Plague in India, 1896, 1897 - Volume 1
Year: 1896
Disease focus: Plague
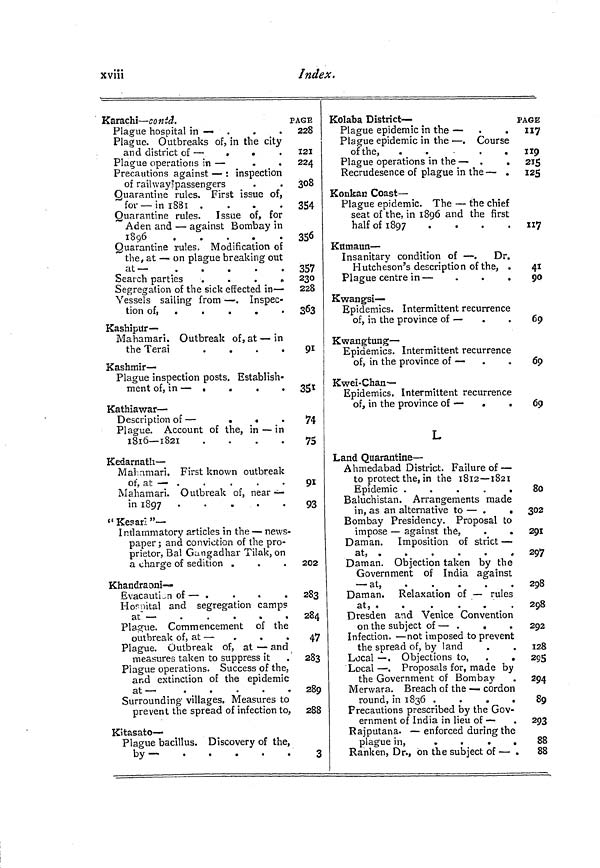
xviii
Index.
Karachi— con td.
Plague hospital in —
Plague. Outbreaks of, in the city
and district of —
»
.
Plague operations in —
Precautions against — : inspection
of railway'passengers
Quarantine rules. First issue of,
for — in 1881 .
.
.
.
Quarantine rules. Issue of, for
Aden and — against Bombay in
1896
.
.
.
Quarantine rules. Modification of
the, at — on plague breaking out
at—
Search parties
.
.
.
.
Segregation of the sick effected in -
Vessels sailing from — . Inspec
tion of, .
.
.
.
.
Kashipur—
Mahamari. Outbreak of , at — in
theTerai
.
.
.
.
Kashmir-
Plague inspection posts. Establish-
ment of, in — t
.
.
.
Kathiawar —
Description of —
.
.
Plague. Account of the, in — in
1816—1821
.
.
.
.
Kedarnath —
Mahamari. First known outbreak
of, at — .
Mahamari, Outbreak of, near —
in 1897
"Kessari "—
Inflammatory articles in the — news-
paper ; and conviction of the pro-
prietor, Bal Gangadhar Tilak 3 on
a charge of sedition .
Khandraoni—
EvacautLn of — .
H ospital and segregation camps
at —
Plague. Commencement of the
outbreak of, at —
Plague. Outbreak of, at — and
measures taken to suppress it
Plague operations. Success of the,
and extinction of the epidemic
at—
.
Surrounding villages. Measures to
prevent the spread of infection to,
Kitasato—
Plague bacillus. Discovery of the,
by-
PAGE
228
121
224
308
354
356
357
230
228
3633
91
35ï
74
75
91
93
202
283
284
47
283
289
288
3
Kolaba District —
Plague epidemic in the — .
.
Plague epidemic in the — . Course
of the,
.
.
Plague operations in the — .
.
Recrudesence of plague in the — .
Konkan Coast —
Plague epidemic. The — the chief
seat of the, in 1896 and the first
half of 1897
.
.
.
.
Kumaun —
Insanitary condition of — . Dr.
Hutcheson's description of the, .
Plague centre in —
.
.
.
Kwangsi—
Epidemics. Intermittent recurrence
of, in the province of —
Kwangtung —
Epidemics. Intermittent recurrence
of, in the province of —
Kwei-Chan—
Epidemics. Intermittent recurrence
of, in the province of — .
.
L
Land Quarantine —
Ahmedabad District. Failure of —
to protect the, in the 1812 — 1821
Epidemic .
.
.
.
.
Baluchistan. Arrangements made
in, as an alternative to — .
.
Bombay Presidency. Proposal to
impose — against the,
.
.
Daman. Imposition of strict —
at,
Daman. Objection taken by the
Government of India against
— at,
. . .
0,1.,
*
.
.
.
.
Daman. Relaxation of — rules
at, o
.
.
.
.
Dresden and Venice Convention
on the subject of — .
.
Infection. — not imposed to prevent
the spread of, by land
Local — . Objections to,
.
.
Local — . Proposals for, made by
the Government of Bombay
Merwara. Breach of the — cordon
round, in 1836 .
.
.
.
Precautions prescribed by the Gov-
ernment of India in lieu of —
Rajputana. — enforced during the
plague in,
.
.
.
.
Ranken, Dr., on the subject of — .
PAGE
117
119
215
125
«7
41
90
69
69
69
80
302
291
297
298
298
292
128
295
294
89
293
88
88